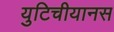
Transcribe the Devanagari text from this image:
युटिचीयानस